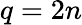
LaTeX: q=2n